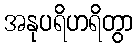
အနုပရိဟရိတွာ